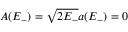
A ( E _ { - } ) = \sqrt { 2 E _ { - } } a ( E _ { - } ) = 0